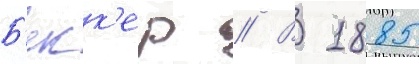
Б'екк'ер // В 1885